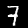
Label: 7